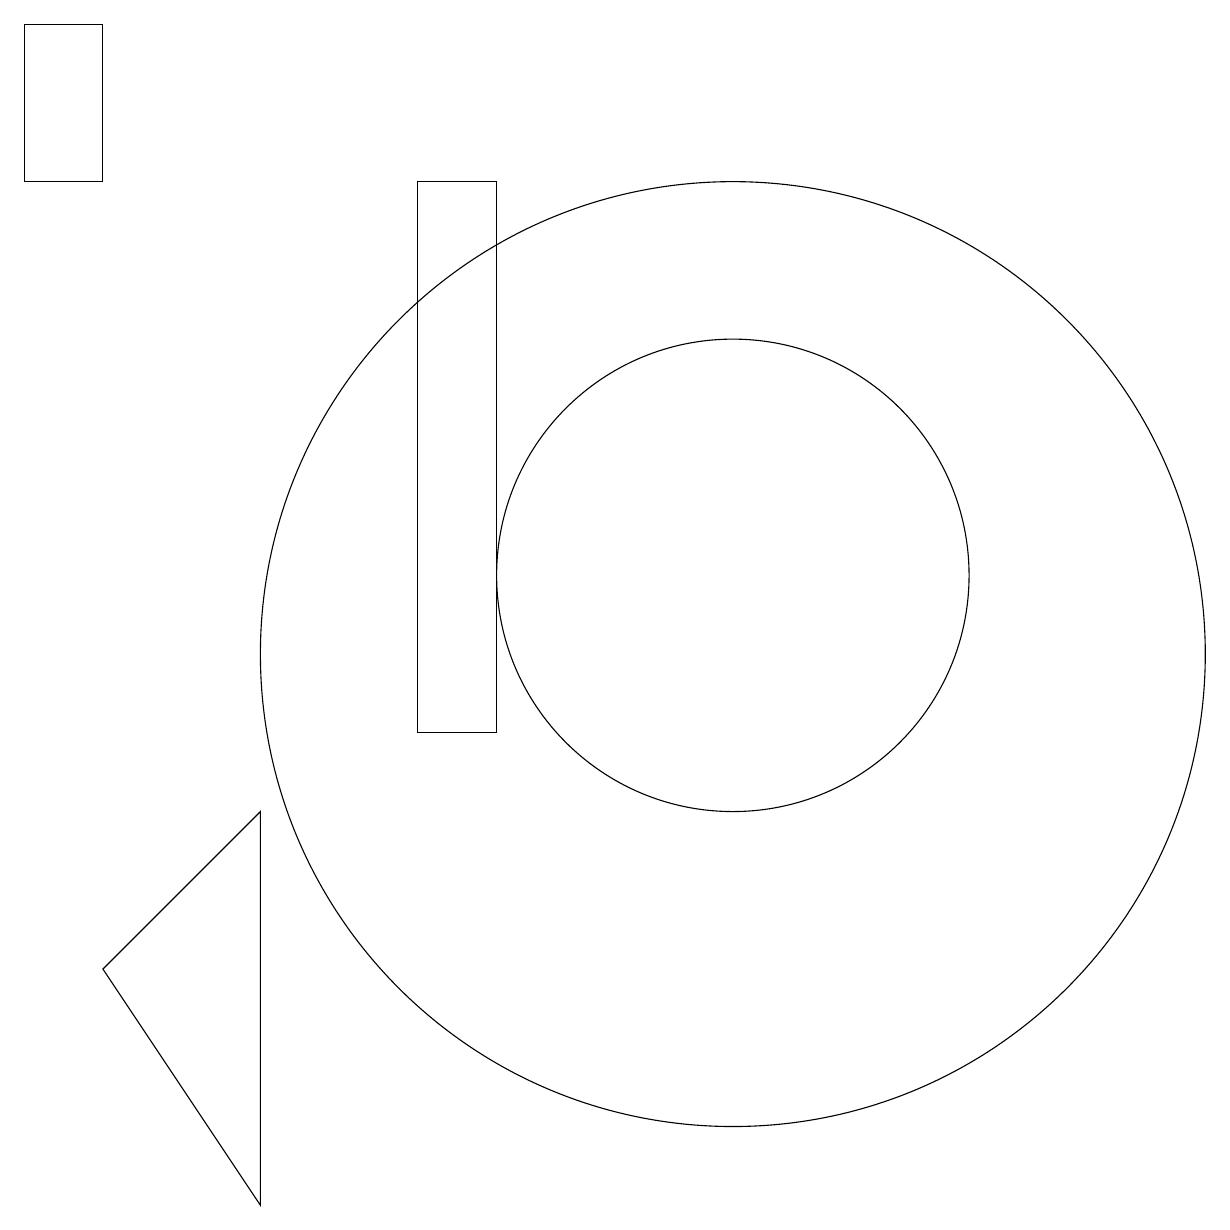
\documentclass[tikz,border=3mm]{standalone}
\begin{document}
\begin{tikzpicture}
\draw (10,11) circle (6);
\draw (10,12) circle (3);
\draw (7,10) rectangle (6,17);
\draw (2,7) -- (4,4) -- (4,9) -- cycle;
\draw (2,19) rectangle (1,17);
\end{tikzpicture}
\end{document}